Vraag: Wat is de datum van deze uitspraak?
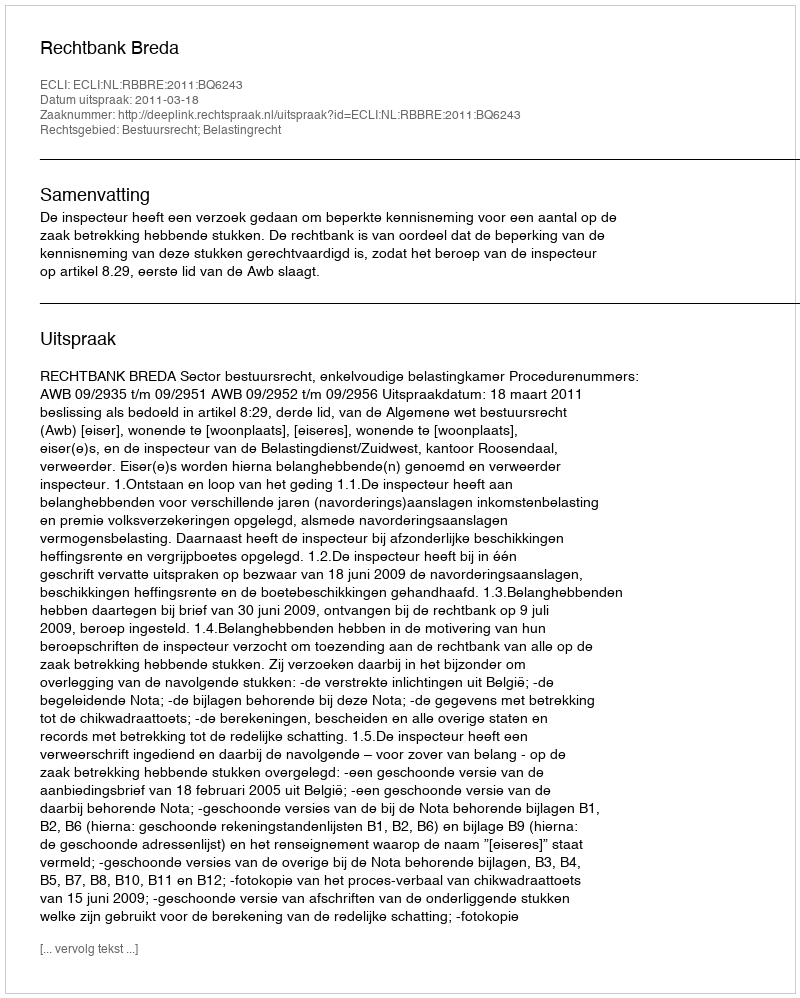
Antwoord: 2011-03-18